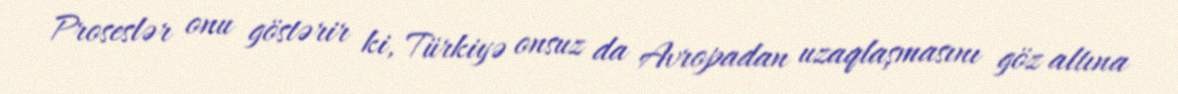
Proseslər onu göstərir ki, Türkiyə onsuz da Avropadan uzaqlaşmasını göz altına